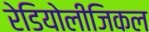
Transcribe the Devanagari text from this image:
रेडियोलीजिकल